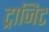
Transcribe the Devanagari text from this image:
ट्राजिट